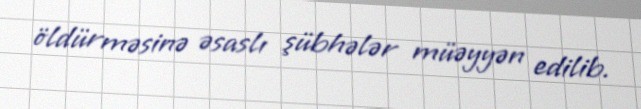
öldürməsinə əsaslı şübhələr müəyyən edilib.